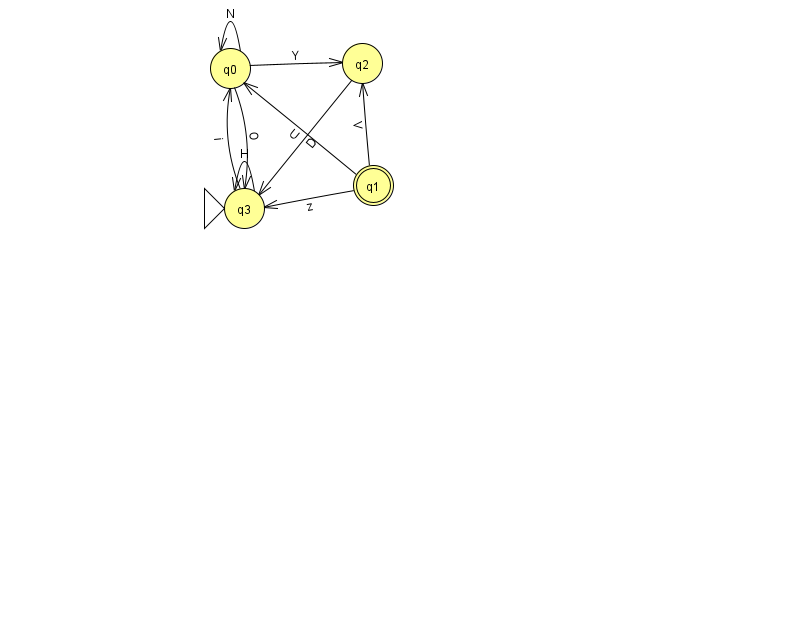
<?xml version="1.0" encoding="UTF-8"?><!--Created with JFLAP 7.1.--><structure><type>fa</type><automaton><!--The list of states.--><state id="0" name="q0"><x>230.0</x><y>55.0</y></state><state id="1" name="q1"><x>373.0</x><y>172.0</y><final/></state><state id="2" name="q2"><x>362.0</x><y>50.0</y></state><state id="3" name="q3"><x>244.0</x><y>195.0</y><initial/></state><!--The list of transitions.--><transition><from>1</from><to>0</to><read>U</read></transition><transition><from>0</from><to>2</to><read>Y</read></transition><transition><from>3</from><to>3</to><read>H</read></transition><transition><from>0</from><to>3</to><read>O</read></transition><transition><from>1</from><to>2</to><read>V</read></transition><transition><from>3</from><to>0</to><read>i</read></transition><transition><from>2</from><to>3</to><read>D</read></transition><transition><from>0</from><to>0</to><read>N</read></transition><transition><from>1</from><to>3</to><read>z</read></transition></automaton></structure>